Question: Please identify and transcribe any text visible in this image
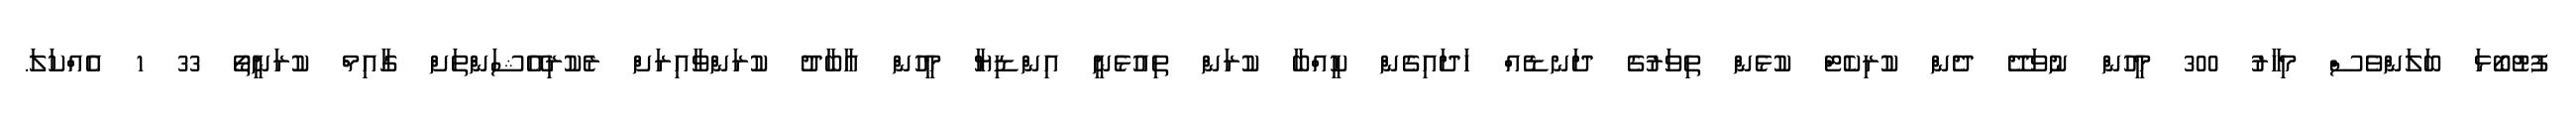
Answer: ފުޓުބޯޅަ ބަލަންވެސް މިހާރު 300 މީހުން ނުވަދޭ ދެން ކުރިކެޓް ކުޅެން ތިވަރުގެ ދަނޑެއް ހަދައިގެން ކީއްބާ ކުރަން ތިއުޅެނީ އިންޑިޔާ މީހުން އާބާދު ކުރަންވާއިރަށް ރެކުރިއޭޝަންތަށް ގާއިމް ކުރަނީތޯ 33 1 އެއްކަލަ.